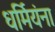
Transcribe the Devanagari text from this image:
धर्मियंना